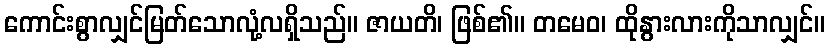
ကောင်းစွာလျှင်မြတ်သောလုံ့လရှိသည်။ ဇာယတိ၊ ဖြစ်၏။ တမေဝ၊ ထိုနွားလားကိုသာလျှင်။